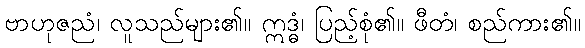
ဗာဟုဇညံ၊ လူသည်များ၏။ ဣဒ္ဓံ၊ ပြည့်စုံ၏။ ဖီတံ၊ စည်ကား၏။